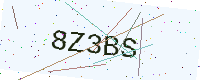
Text: 8Z3BS